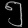
Digit: ၅